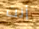
أنت